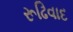
રૂઢિવાદ